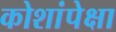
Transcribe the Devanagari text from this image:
कोशांपेक्षा